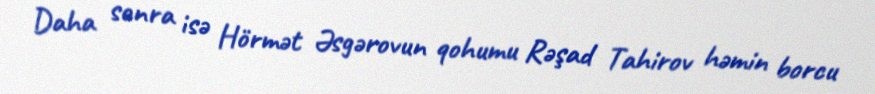
Daha sonra isə Hörmət Əsgərovun qohumu Rəşad Tahirov həmin borcu